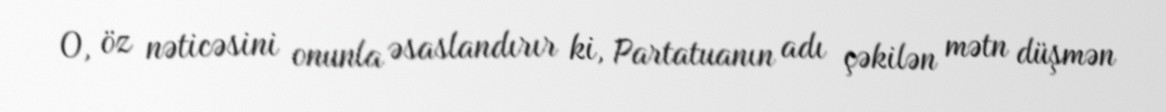
O, öz nəticəsini onunla əsaslandırır ki, Partatuanın adı çəkilən mətn düşmən